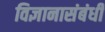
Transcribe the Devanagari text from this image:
विज्ञानासंबंधी